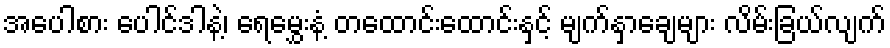
အပေါစား ပေါင်ဒါနဲ့၊ ရေမွှေးနံ့ တထောင်းထောင်းနှင့် မျက်နှာချေများ လိမ်းခြယ်လျက်